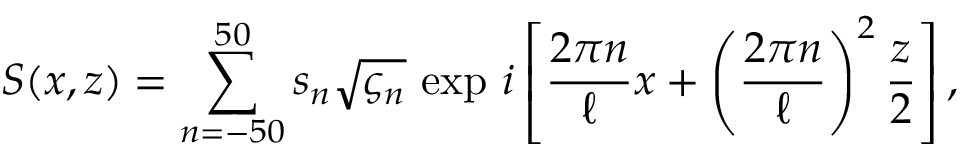
S ( x , z ) = \sum _ { n = - 5 0 } ^ { 5 0 } s _ { n } \sqrt { \varsigma _ { n } } \, \exp \, i \left\lbrack \frac { 2 \pi n } { \ell } x + \left( \frac { 2 \pi n } { \ell } \right) ^ { 2 } \frac { z } { 2 } \right\rbrack ,